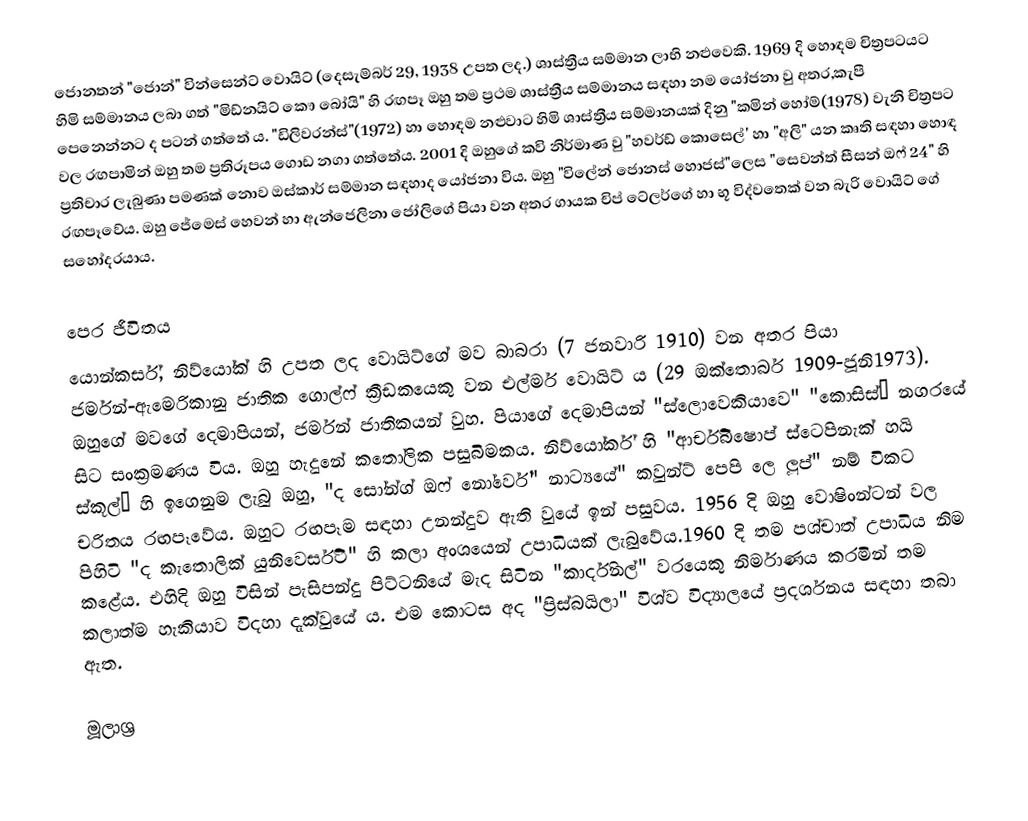
ජොනතන් "ජොන්" වින්සෙන්ට් වොයිට් (දෙසැම්බර් 29, 1938 උපත ලද.) ශාස්ත්‍රීය සම්මාන ලාභි නළුවෙකි. 1969 දි හොඳම චිත්‍රපටයට හිමි සම්මානය ලබා ගත් "මිඩ්නයිට් කෞ බෝයි" හි රඟපෑ ඔහු තම ප්‍රථම ශාස්ත්‍රීය සම්මානය සඳහා නම යෝජනා වු අතර,කැපී පෙනෙන්නට ද පටන් ගත්තේ ය. "ඩිලිවරන්ස්"(1972) හා හොඳම නළුවාට හිමි ශාස්ත්‍රීය සම්මානයක් දිනු "කමින් හෝම්(1978) වැනි චිත්‍රපට වල රඟපාමින් ඔහු තම ප්‍රතිරූපය ගොඩ නගා ගත්තේය. 2001 දි ඔහුගේ කවි නිර්මාණ වු "හවර්ඩ් කොසෙල්' හා "අලි" යන කෘති සඳහා හොඳ ප්‍රතිචාර ලැබුණා පමණක් නොව ඔස්කාර් සම්මාන සඳහාද යෝජනා විය. ඔහු "විලේන් ජොනස් හොජස්"ලෙස "සෙවන්ත් සීසන් ඔෆ් 24" හි රඟපෑවේය. ඔහු ජේමෙස් හෙවන් හා ඇන්ජෙලිනා ජෝලිගේ පියා වන අතර ගායක චිප් ටේලර්ගේ හා භූ විද්වතෙක් වන බැරි වොයිට් ගේ සහෝදරයාය.

පෙර ජීවිතය
යොන්කර්ස්, නිව්යෝක් හි උපත ලද වොයිට්ගේ මව බාබරා (7 ජනවාරි 1910) වන අතර පියා ජර්මන්-ඇමෙරිකානු ජාතික ගොල්ෆ් ක්‍රීඩකයෙකු වන එල්මර් වොයිට් ය (29 ඔක්තොබර් 1909-ජූනි1973). ඔහුගේ මවගේ දෙමාපියන්, ජර්මන් ජාතිකයන් වුහ. පියාගේ දෙමාපියන් "ස්ලොවෙකියාවෙ" "කොසිස්” නගරයේ සිට සංක්‍රමණය විය. ඔහු හැදුනේ කතෝලික පසුබිමකය. නිව්යෝර්ක් හි "ආර්චිබිෂොප් ස්ටෙපිනැක් හයි ස්කූල්” හි ඉගෙනුම ලැබු ඔහු, "ද සෝන්ග් ඔෆ් නෝර්වේ" නාට්‍යයේ" කවුන්ට් පෙපි ලෙ ලූප්" නම් විකට චරිතය රඟපෑවේය. ඔහුට රඟපෑම සඳහා උනන්දුව ඇති වුයේ ඉන් පසුවය. 1956 දි ඔහු වොෂිංන්ටන් වල පිහිටි "ද කැතොලික් යුනිවෙර්සිටි" හි කලා අංශයෙන් උපාධියක් ලැබුවේය.1960 දි තම පශ්චාත් උපාධිය නිම කළේය. එහිදි ඔහු විසින් පැසිපන්දු පිට්ටනියේ මැද සිටින "කාර්දිනල්" වරයෙකු නිර්මාණය කරමින් තම කලාත්ම හැකියාව විදහා දැක්වුයේ ය. එම කොටස අද "ප්‍රිස්බයිලා" විශ්ව විද්‍යාලයේ ප්‍රදර්ශනය සඳහා තබා ඇත.

මූලාශ්‍ර